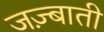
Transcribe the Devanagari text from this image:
जज़्बाती